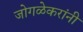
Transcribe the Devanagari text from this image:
जोगळेकरांनी